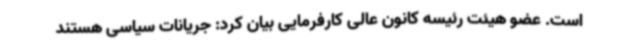
است. عضو هیئت رئیسه کانون عالی کارفرمایی بیان کرد: جریانات سیاسی هستند